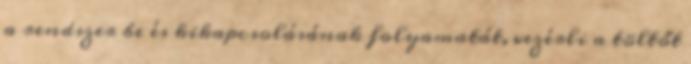
a rendszer be és kikapcsolásának folyamatát, vezérli a töltőt